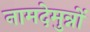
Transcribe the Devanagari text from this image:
नामदेमुन्नों